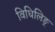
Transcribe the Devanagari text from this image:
विधिलिङ्